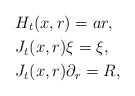
\begin{align*}& H_t(x,r)=ar,\\& J_t(x,r)\xi=\xi,\\&J_t(x,r)\partial_r=R,\end{align*}